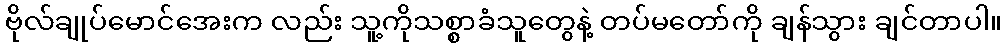
ဗိုလ်ချုပ်မောင်အေးက လည်း သူ့ကိုသစ္စာခံသူတွေနဲ့ တပ်မတော်ကို ချန်သွား ချင်တာပါ။